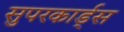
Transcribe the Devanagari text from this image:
सुपरकार्ड्स